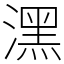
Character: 潶